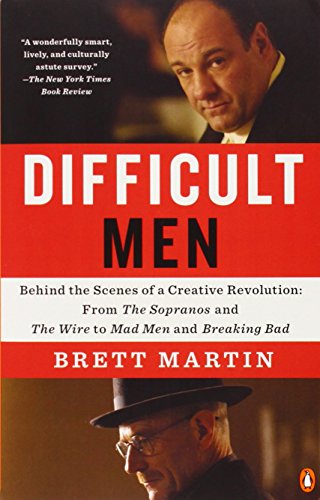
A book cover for Difficult Men: Behind the Scenes of a Creative Revolution: From The Sopranos and The Wire to Ma d Men and Breaking Bad; Brett Martin; Humor & Entertainment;